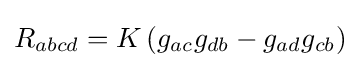
R_{abcd}=K\left(g_{ac}g_{db}-g_{ad}g_{cb}\right)